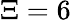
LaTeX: \Xi=6